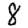
Digit: 8